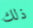
ذلك